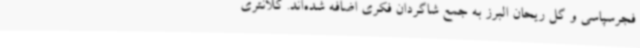
فجرسپاسی و گل ریحان البرز به جمع شاگردان فکری اضافه شده‌اند. کلانتری